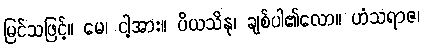
မြင်သဖြင့်။ မေ၊ ငါ့အား။ ပိယသိနု၊ ချစ်ပါ၏လော။ ဟံသရာဇ၊